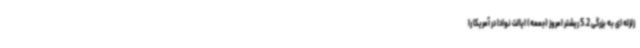
زلزله ای به بزرگی 5.2 ریشتر امروز (جمعه) ایالت نوادا در آمریکا را